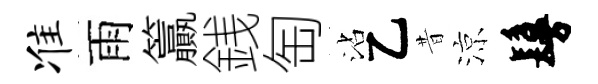
准雨籯銭匋沾乙昔涼鬘